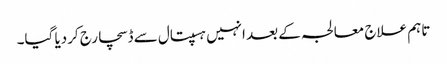
تاہم علاج معالجہ کے بعد انہیں ہسپتال سے ڈسچارج کردیا گیا۔